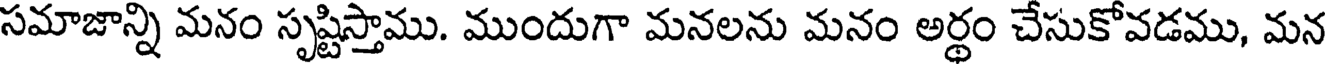
సమాజాన్ని మనం సృష్టిస్తాము. ముందుగా మనలను మనం అర్థం చేసుకోవడము, మన